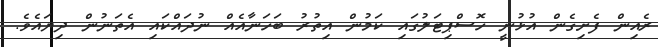
ރެއިން ފެށިގެން އުޅުނީ ހޮސްޕިޓަލުގައި ކަމުން އިތުރު ބަހަނާއެއް ނުދައްކައި އެތަނުން ދިޔައެވެ.